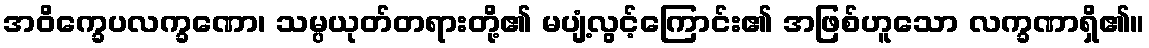
အဝိက္ခေပလက္ခဏော၊ သမ္ပယုတ်တရားတို့၏ မပျံ့လွင့်ကြောင်း၏ အဖြစ်ဟူသော လက္ခဏာရှိ၏။